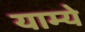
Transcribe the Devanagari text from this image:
याम्ये